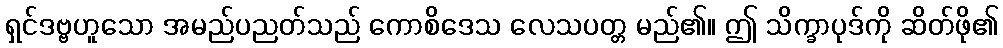
ရှင်ဒဗ္ဗဟူသော အမည်ပညတ်သည် ကောစိဒေသ လေသပတ္တ မည်၏။ ဤ သိက္ခာပုဒ်ကို ဆိတ်ဖို၏